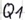
Text: Q1